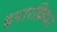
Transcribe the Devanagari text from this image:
इपारक्रियन